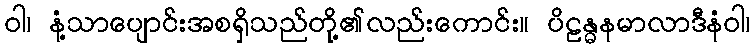
ဝါ၊ နံ့သာပျောင်းအစရှိသည်တို့၏လည်းကောင်း။ ပိဠန္ဓနမာလာဒီနံဝါ၊